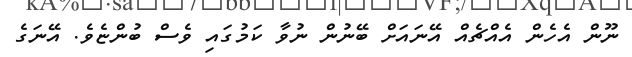
ނޫން އެހެން އެއްޗެއް އޭނައަށް ބޭނުން ނުވާ ކަމުގައި ވެސް ބުންޏެވެ. އޭނަގެ